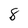
Character: 8